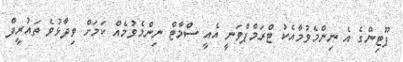
ޕޫޓިންގެ އެ ނިންމެވުމާއެކު ޓްރަމްޕްވަނީ އެއީ ސްމާޓް ނިންމެވުމެއް ކަމަށް ވިދާޅުވެ ތައުރީފް